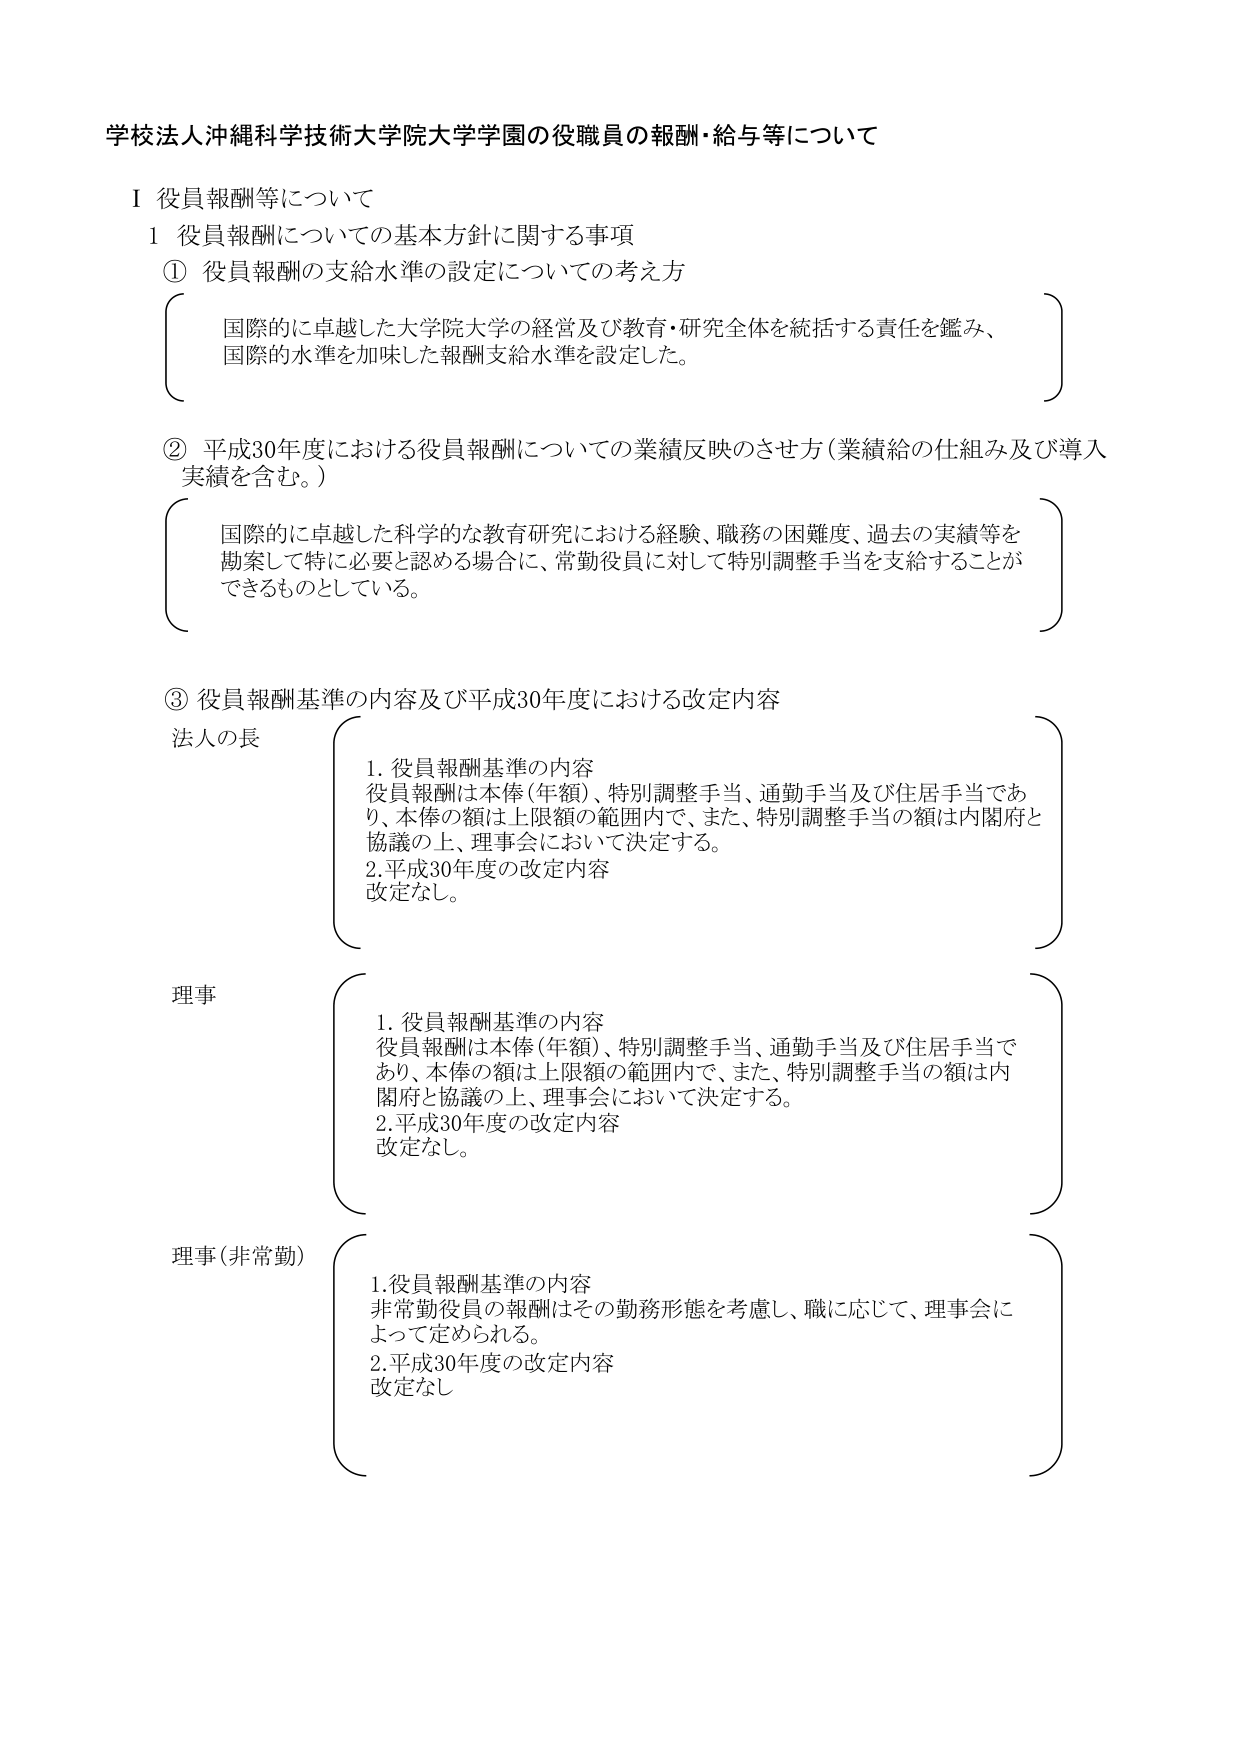
学校法人沖縄科学技術大学院大学学園の役職員の報酬・給与等について

Ⅰ 役員報酬等について

1 役員報酬についての基本方針に関する事項

① 役員報酬の支給水準の設定についての考え方

国際的に卓越した大学院大学の経営及び教育・研究全体を統括する責任を鑑み、
国際的水準を加味した報酬支給水準を設定した。

② 平成30年度における役員報酬についての業績反映のさせ方（業績給の仕組み及び導入実績を含む。）

国際的に卓越した科学的な教育研究における経験、職務の困難度、過去の実績等を
勘案して特に必要と認める場合に、常勤役員に対して特別調整手当を支給することが
できるものとしている。

③ 役員報酬基準の内容及び平成30年度における改定内容

法人の長

1. 役員報酬基準の内容
役員報酬は本俸（年額）、特別調整手当、通勤手当及び住居手当であ
り、本俸の額は上限額の範囲内で、また、特別調整手当の額は内閣府と
協議の上、理事会において決定する。
2. 平成30年度の改定内容
改定なし。

理事

1. 役員報酬基準の内容
役員報酬は本俸（年額）、特別調整手当、通勤手当及び住居手当で
あり、本俸の額は上限額の範囲内で、また、特別調整手当の額は内
閣府と協議の上、理事会において決定する。
2. 平成30年度の改定内容
改定なし。

理事（非常勤）

1. 役員報酬基準の内容
非常勤役員の報酬はその勤務形態を考慮し、職に応じて、理事会に
よって定められる。
2. 平成30年度の改定内容
改定なし